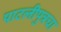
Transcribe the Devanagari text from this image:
पाटलीपुत्रचा